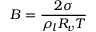
B = \frac { 2 \sigma } { \rho _ { l } R _ { v } T }